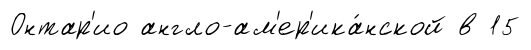
Онтар'ио англо-ам'ер'ика́нской в 15